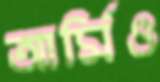
আর্মিও